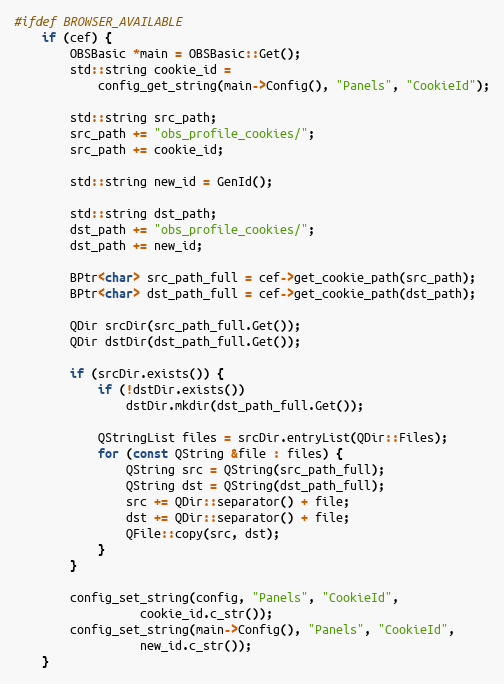
Language: C++
#ifdef BROWSER_AVAILABLE
	if (cef) {
		OBSBasic *main = OBSBasic::Get();
		std::string cookie_id =
			config_get_string(main->Config(), "Panels", "CookieId");

		std::string src_path;
		src_path += "obs_profile_cookies/";
		src_path += cookie_id;

		std::string new_id = GenId();

		std::string dst_path;
		dst_path += "obs_profile_cookies/";
		dst_path += new_id;

		BPtr<char> src_path_full = cef->get_cookie_path(src_path);
		BPtr<char> dst_path_full = cef->get_cookie_path(dst_path);

		QDir srcDir(src_path_full.Get());
		QDir dstDir(dst_path_full.Get());

		if (srcDir.exists()) {
			if (!dstDir.exists())
				dstDir.mkdir(dst_path_full.Get());

			QStringList files = srcDir.entryList(QDir::Files);
			for (const QString &file : files) {
				QString src = QString(src_path_full);
				QString dst = QString(dst_path_full);
				src += QDir::separator() + file;
				dst += QDir::separator() + file;
				QFile::copy(src, dst);
			}
		}

		config_set_string(config, "Panels", "CookieId",
				  cookie_id.c_str());
		config_set_string(main->Config(), "Panels", "CookieId",
				  new_id.c_str());
	}